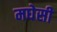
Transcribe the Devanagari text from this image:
मघेसी